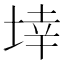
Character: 𭎬